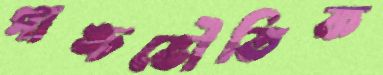
পাঙ্চভৌতিক